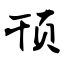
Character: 顸